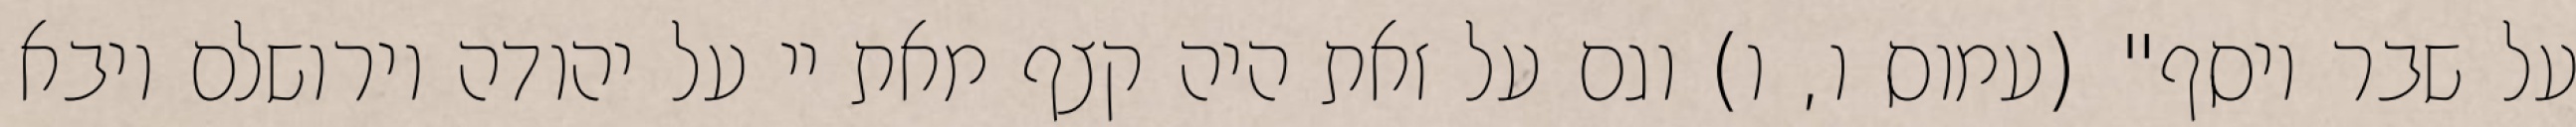
על שבר יוסף" (עמוס ו, ו) וגם על זאת היה קצף מאת יי על יהודה וירושלם ויבא